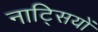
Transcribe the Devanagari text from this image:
नाट्सियों